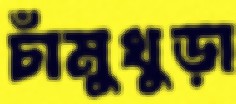
চাঁমুখুড়া